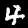
Label: 4